Civil Veterinary Department. Central Provinces & Berar 1925-31 - 1925-1931
Year: 1925
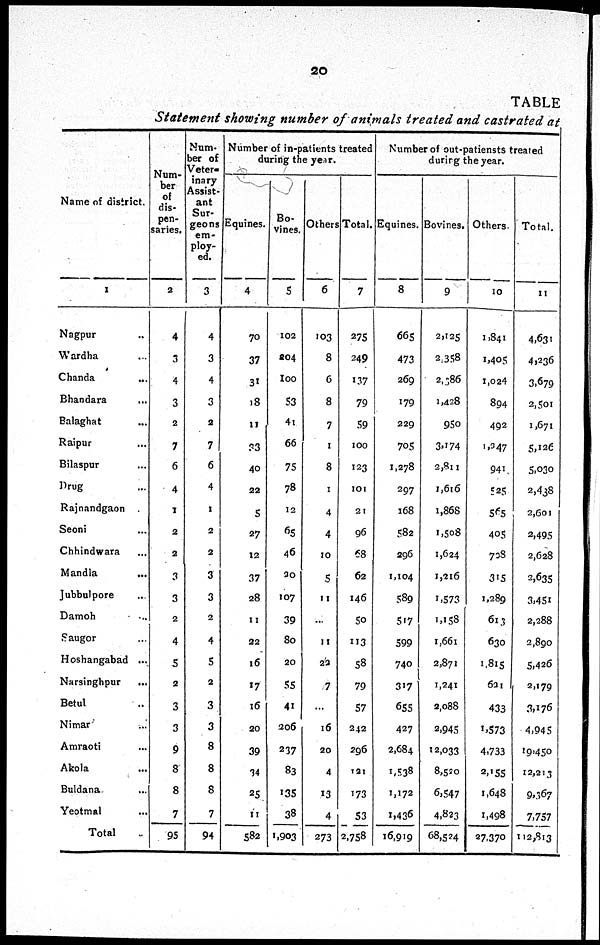
20
TABLE
Statement showing number of animals treated and castrated at
Name of district.
1
Nagpur ...
Wardha ...
Chanda ...
Bhandara ...
Balaghat ...
Raipur ...
Bilaspur ...
Drug ...
Rajnandgaon
Seoni ...
Chhindwara ...
Mandla ...
Jubbulpore ...
Damoh ...
Saugor ...
Hoshangabad ...
Narsinghpur
...
Betul ...
Nimah ...
Amraoti ...
Akola ...
Buldana ...
Yeotmal ...
Total
Num-
ber
of
dis-
pen-
saries.
2
4
3
4
3
2
7
6
4
1
2
2
3
3
2
4
5
2
3
3
9
8
8
7
95
Num-
ber of
Veter-
inary
Assist-
ant
Sur-
geons
em-
ploy-
ed.
3
4
3
4
3
2
7
6
4
1
2
2
3
3
2
4
5
2
3
3
8
8
8
7
94
Number of in-patients treated
during the year.
Equines.
4
70
37
31
18
11
33
40
22
5
27
12
37
28
11
22
16
17
16
20
39
34
25
11
582
Bo-
vines.
5
102
804
100
53
41
66
75
78
12
65
46
30
107
39
80
20
55
41
206
237
83
135
38
1,903
Others
6
103
8
6
8
7
1
8
1
4
4
10
5
11
...
11
22
7
...
16
20
4
13
4
273
Total.
7
275
249
137
79
59
100
123
101
21
96
68
62
146
50
113
58
79
57
242
296
121
173
53
2,758
Number of out-patiensts treated
during the year.
Equines.
8
665
473
269
179
229
705
1,278
297
168
582
296
1,104
589
517
599
740
317
655
427
2,684
1,538
1,172
1,436
16,919
Bovines.
9
2,125
2,358
2,386
1,428
950
3,174
2,811
1,616
1,868
1,508
1,624
1,216
1,573
1,158
1,661
2,871
1,241
2,088
2.945
12,033
8,520
6,547
4,823
68,524
Others.
10
1,841
1,405
1,024
894
492
1,247
941
525
565
405
708
315
1,289
613
630
1,815
621
433
1,573
4,733
2,155
1,648
1,498
27,370
Total.
11
4,631
4,236
3,679
2,501
1,671
5,126
5,030
2,438
2,601
2,495
2,628
2,635
3,451
2,288
2,890
5,426
2,179
3,176
4,945
19,450
12,213
9,367
7,757
112,813